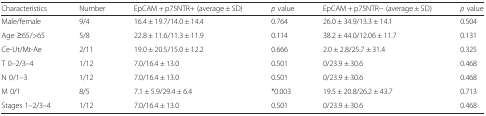
<table><thead><tr><td><b>Characteristics</b></td><td><b>Number</b></td><td><b>EpCAM + p75NTR+ (average ± SD)</b></td><td><b><i>p</i> value</b></td><td><b>EpCAM + p75NTR− (average ± SD)</b></td><td><b><i>p</i> value</b></td></tr></thead><tbody><tr><td>Male/female</td><td>9/4</td><td>16.4 ± 19.7/14.0 ± 14.4</td><td>0.764</td><td>26.0 ± 34.9/13.3 ± 14.1</td><td>0.504</td></tr><tr><td>Age ≥65/&gt;65</td><td>5/8</td><td>22.8 ± 11.6/11.3 ± 11.9</td><td>0.114</td><td>38.2 ± 44.0/12.06 ± 11.7</td><td>0.131</td></tr><tr><td>Ce-Ut/Mt-Ae</td><td>2/11</td><td>19.0 ± 20.5/15.0 ± 12.2</td><td>0.666</td><td>2.0 ± 2.8/25.7 ± 31.4</td><td>0.325</td></tr><tr><td>T 0–2/3–4</td><td>1/12</td><td>7.0/16.4 ± 13.0</td><td>0.501</td><td>0/23.9 ± 30.6</td><td>0.468</td></tr><tr><td>N 0/1–3</td><td>1/12</td><td>7.0/16.4 ± 13.0</td><td>0.501</td><td>0/23.9 ± 30.6</td><td>0.468</td></tr><tr><td>M 0/1</td><td>8/5</td><td>7.1 ± 5.9/29.4 ± 6.4</td><td>*0.003</td><td>19.5 ± 20.8/26.2 ± 43.7</td><td>0.713</td></tr><tr><td>Stages 1–2/3–4</td><td>1/12</td><td>7.0/16.4 ± 13.0</td><td>0.501</td><td>0/23.9 ± 30.6</td><td>0.468</td></tr></tbody></table>